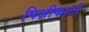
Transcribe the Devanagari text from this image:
पिज़ीकाटो